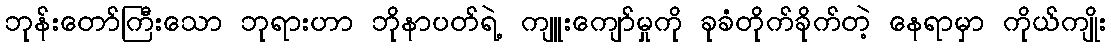
ဘုန်းတော်ကြီးသော ဘုရားဟာ ဘိုနာပတ်ရဲ့ ကျူးကျော်မှုကို ခုခံတိုက်ခိုက်တဲ့ နေရာမှာ ကိုယ်ကျိုး